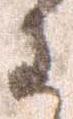
わ